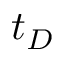
t _ { D }